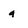
Character: g